Civil Veterinary Dept. North-West Frontier Province 1901-22 - 1901-1922
Year: 1901
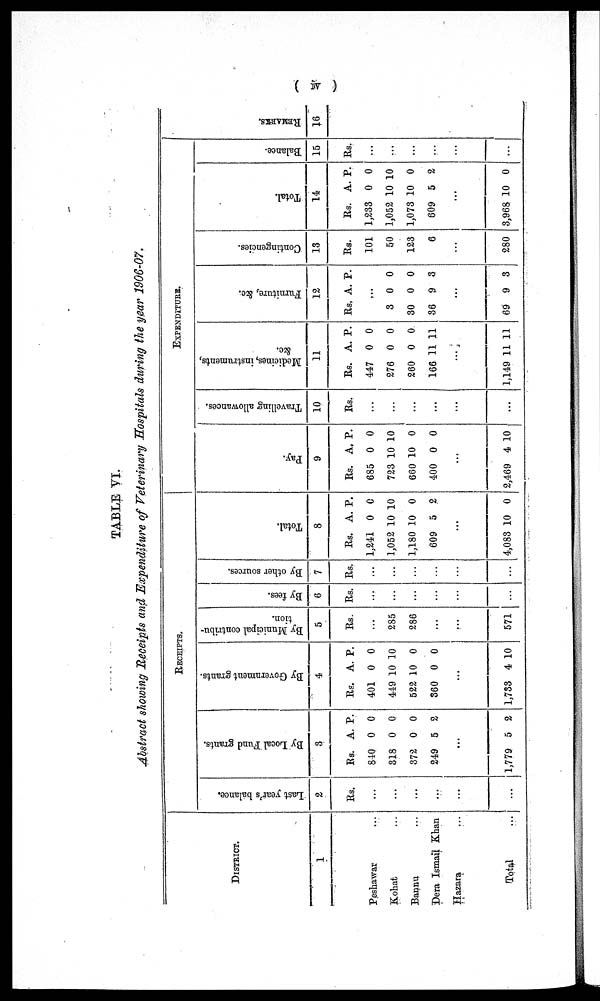
(iv)
TABLE VI.
Abstract showing Receipts and Expenditure of Veterinary Hospitals during the year 1906-07.
DISTRICT.
1
Peshawar ...
Kohat ...
Bannu ...
Dera Ismail Khan
Hazara ...
Total ...
RECEIPTS.
Last year's balance.
2
Rs.
...
...
...
...
...
...
By Local Fund grants.
3
Rs.
840
818
372
249
...
1,779
A.
0
0
0
5
5
P.
0
0
0
2
2
By Go v e r
n me n t grants.
4
Rs.
401
449
522
360
...
1,733
A.
0
10
10
0
4
P.
0
10
0
0
10
By Municipal contribu-
tion.
5
Rs.
...
285
286
...
...
571
By fees.
6
Rs.
...
...
...
...
...
...
By other sources.
7
Rs.
...
...
...
...
...
...
Tot al .
8
Rs.
1,241
1,052
1,180
609
...
4,083
A.
0
10
10
5
10
P.
0
10
0
2
0
EXPENDITURE.
Pay.
9
Rs.
685
723
660
400
...
2,469
A.
0
10
10
0
4
P.
0
10
0
0
10
Travelling allowances.
10
Rs.
...
...
...
...
...
...
Medi ci nes , i
ns t
r ument s ,
&c.
11
Rs.
447
276
260
166
...
1,149
A.
0
0
0
11
11
P.
0
0
0
11
11
Furniture, &c.
12
Rs.
...
8
30
36
...
69
A.
0
0
9
9
P.
0
0
3
8
Contingencies.
13
Rs.
101
50
123
6
...
280
Tot al .
14
Rs.
1,233
1,052
1,073
609
...
3,968
A.
0
10
10
5
10
P.
0
10
0
2
0
Balance.
15
Rs.
...
...
...
...
...
...
REMARKS.
16